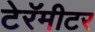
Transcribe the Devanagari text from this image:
टेरॅमीटर